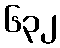
၆၃၂